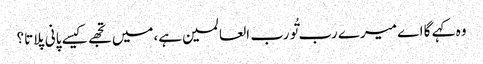
وہ کہے گا اے میرے رب تُو رب العالمین ہے،میں تجھے کیسے پانی پلاتا؟